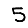
Digit: 5